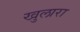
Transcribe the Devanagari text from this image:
खुलारा